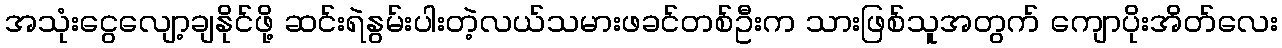
အသုံးငွေလျော့ချနိုင်ဖို့ ဆင်းရဲနွမ်းပါးတဲ့လယ်သမားဖခင်တစ်ဦးက သားဖြစ်သူအတွက် ကျောပိုးအိတ်လေး